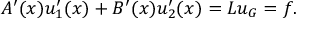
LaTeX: A ^ { \prime } ( x ) u _ { 1 } ^ { \prime } ( x ) + B ^ { \prime } ( x ) u _ { 2 } ^ { \prime } ( x ) = L u _ { G } = f .